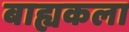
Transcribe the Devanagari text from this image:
बाह्यकला